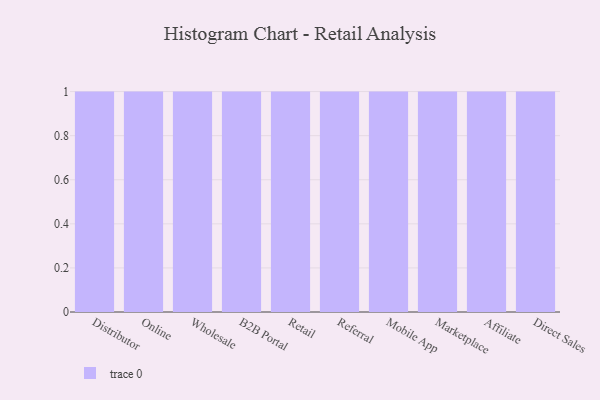
{"axis": {"x": "Channel", "y": "Conversion Rate (%)"}, "legend": [""], "data": [{"x": "Distributor", "y": 91, "type": ""}, {"x": "Online", "y": 66, "type": ""}, {"x": "Wholesale", "y": 12, "type": ""}, {"x": "B2B Portal", "y": 83, "type": ""}, {"x": "Retail", "y": 9, "type": ""}, {"x": "Referral", "y": 38, "type": ""}, {"x": "Mobile App", "y": 41, "type": ""}, {"x": "Marketplace", "y": 90, "type": ""}, {"x": "Affiliate", "y": 74, "type": ""}, {"x": "Direct Sales", "y": 72, "type": ""}]}